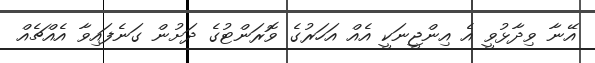
އޭނާ ވިދާޅުވީ އެ އިންޖީނަކީ އެއް އަހަރުގެ ވޮރަންޓުގެ ދަށުން ގަނެފައިވާ އެއްޗެއް